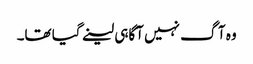
وہ آگ نہیں آگاہی لینے گیا تھا۔